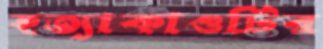
হত্যাকাণ্ডটির